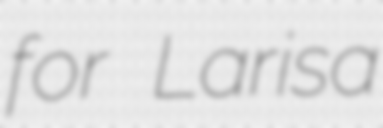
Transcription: for Larisa